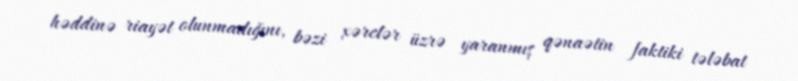
həddinə riayət olunmadığını, bəzi xərclər üzrə yaranmış qənaətin faktiki tələbat